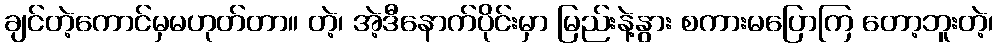
ချင်တဲ့ကောင်မှမဟုတ်တာ။ တဲ့၊ အဲ့ဒီနောက်ပိုင်းမှာ မြည်းနဲ့နွား စကားမပြောကြ တော့ဘူးတဲ့၊